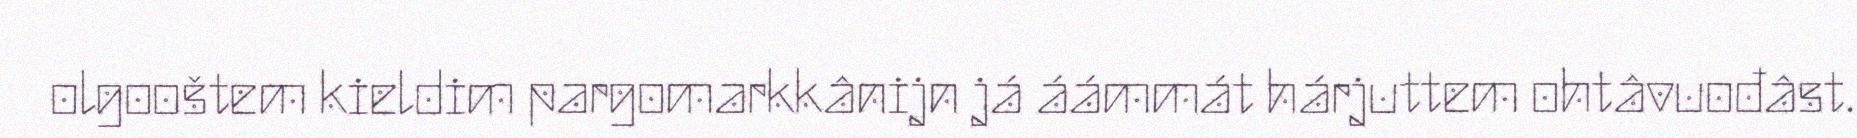
olgooštem kieldim pargomarkkânijn já áámmát hárjuttem ohtâvuođâst.